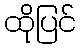
ထိုပြင်